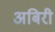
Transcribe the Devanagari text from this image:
अबिरी